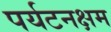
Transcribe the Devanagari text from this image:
पर्यटनक्षम